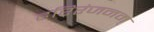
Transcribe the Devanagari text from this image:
हरिरंजनम्